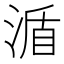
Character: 𣸩